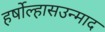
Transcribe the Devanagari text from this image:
हर्षोल्हासउन्माद